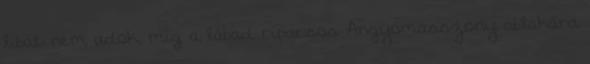
libát nem adok, míg a lábad ripacsos Ángyomasszony ablakára